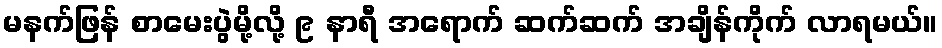
မနက်ဖြန် စာမေးပွဲမို့လို့ ၉ နာရီ အရောက် ဆက်ဆက် အချိန်ကိုက် လာရမယ်။